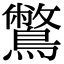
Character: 鷩